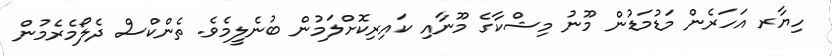
ހިޔާރ އަހަރެން މަޑުމަޑުން މޫނު މިޝްކާގެ މޫނާއި ކައިރިކޮށްލަމުން ބުނެލީމެވެ. ތެންކްސް ދެލޯމެރެމުން